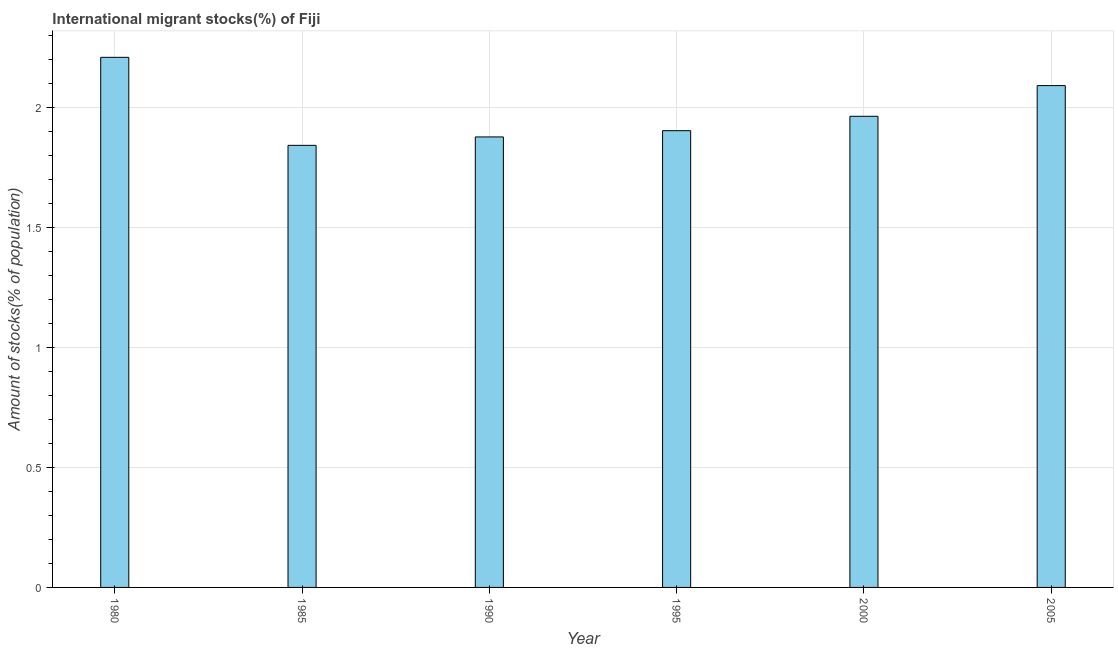
| Year | International migrant stock |
 | --- | --- |
 | 1980 | 2.21 |
 | 1985 | 1.84 |
 | 1990 | 1.88 |
 | 1995 | 1.9 |
 | 2000 | 1.96 |
 | 2005 | 2.09 |